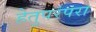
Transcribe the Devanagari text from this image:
हेतुपरंपरा